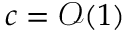
c = \mathcal { O } ( 1 )